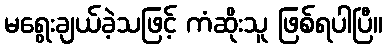
မရွေးချယ်ခဲ့သဖြင့် ကံဆိုးသူ ဖြစ်ရပါပြီ။